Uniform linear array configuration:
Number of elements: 32
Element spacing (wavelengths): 0.75
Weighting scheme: hamming
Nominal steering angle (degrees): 45
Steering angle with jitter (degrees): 46.282
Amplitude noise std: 0.05
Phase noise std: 0.05

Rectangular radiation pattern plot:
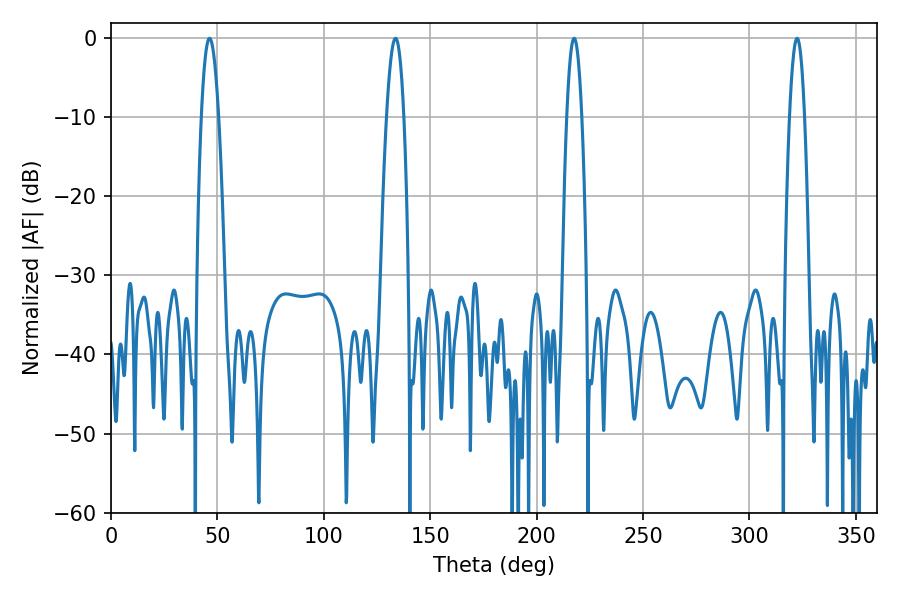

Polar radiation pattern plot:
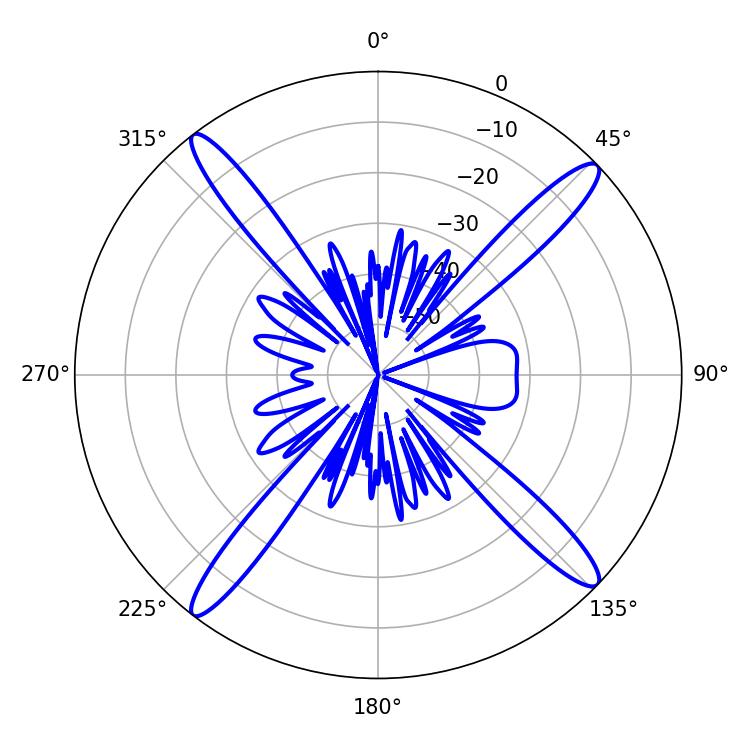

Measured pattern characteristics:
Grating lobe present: TRUE
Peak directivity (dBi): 17.858
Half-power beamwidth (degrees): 3.96
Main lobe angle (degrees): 217.62